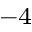
^ { - 4 }